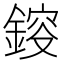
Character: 𨨿